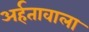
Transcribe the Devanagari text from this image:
अर्हतावाला